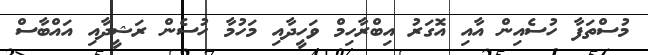
މުސްތަފާ ހުސެއިން އާއި އޮގަރު އިބްރާހިމް ވަހީދާއި މަހުމާ ހުސެން ރަޝީދާއި އައްބާސް